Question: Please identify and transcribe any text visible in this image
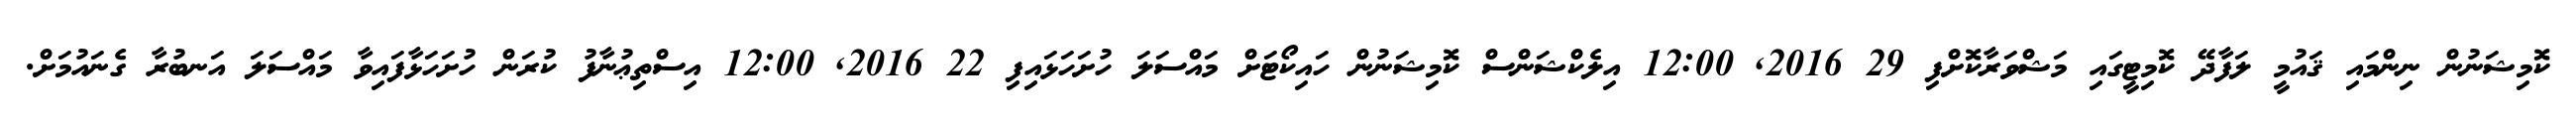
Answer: ކޮމިޝަނުން ނިންމައި ޤައުމީ ލަފާދޭ ކޮމިޓީގައި މަޝްވަރާކޮށްފި 29 2016, 12:00 އިލެކްޝަންސް ކޮމިޝަނުން ހައިކޯޓަށް މައްސަލަ ހުށަހަޅައިފި 22 2016, 12:00 އިސްތިޢުނާފު ކުރަން ހުށަހަޅާފައިވާ މައްސަލަ އަނބުރާ ގެނައުމަށް.